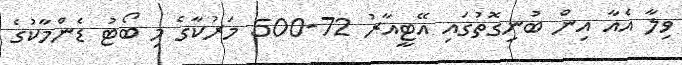
ވިލާ އެއާ އިން ބުނިގޮތުގައި އޭޓީއާރު 72-500 މަރުކާގެ މި ބޯޓު ޑެންމާކުގެ